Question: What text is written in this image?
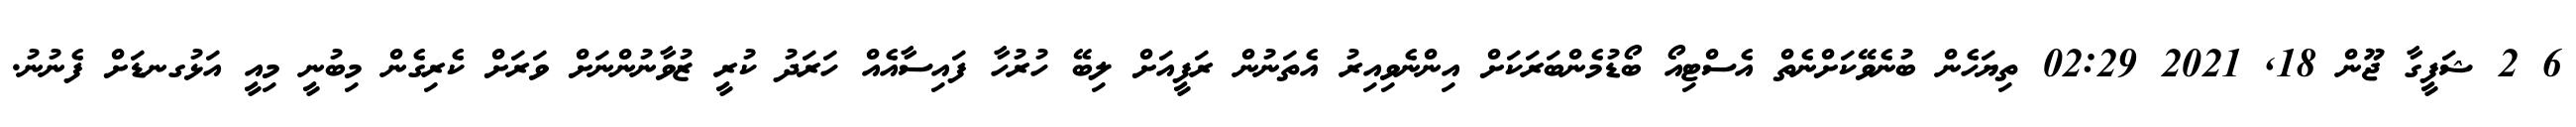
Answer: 6 2 ޝަފީގާ ޖޫން 18, 2021 02:29 ތިޔަހެން ބުނެވޭކަށްނެތް އެސްޓިއޯ ބޯޑުމެންބަރަކަށް އިންނެވިއިރު އެތަނުން ރަފީއަށް ލިބޭ ހުރުހާ ފައިސާއެއް ހަރަދު ކުރީ ޒުވާނުންނަށް ވަރަށް ކެރިގެން މިބުނީ މިއީ އަޅުގނޑަށް ފެނުނު.